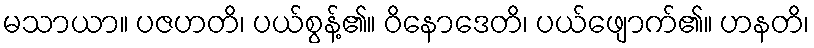
မသာယာ။ ပဇဟတိ၊ ပယ်စွန့်၏။ ဝိနောဒေတိ၊ ပယ်ဖျောက်၏။ ဟနတိ၊